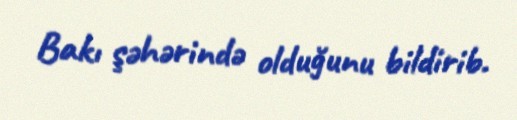
Bakı şəhərində olduğunu bildirib.